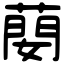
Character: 蔅